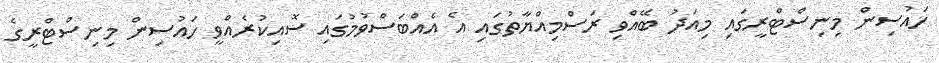
ހައުސިން މިނިސްޓްރީގައި މިއަދު ބޭއްވި ރަސްމިއްޔާތުގައި އެ އެއްބަސްވުމުގައި ސޮއިކުރެއްވީ ހައުސިން މިނިސްޓްރީގެ